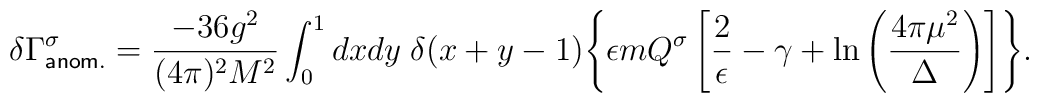
\delta \Gamma^\sigma_{\sf{anom.}} = \frac{- 36 g^2}{(4 \pi)^2 M^2} \int_0^1 dx dy \; \delta(x+y-1) \Biggl\{ \epsilon m Q^\sigma \left[\frac{2}{\epsilon} - \gamma + \ln \left(\frac{4 \pi \mu^2}{\Delta} \right) \right]\Biggr\}.